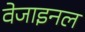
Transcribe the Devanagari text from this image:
वेजाइनल